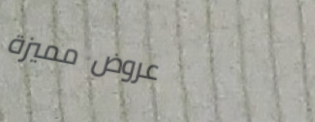
عروض مميزة